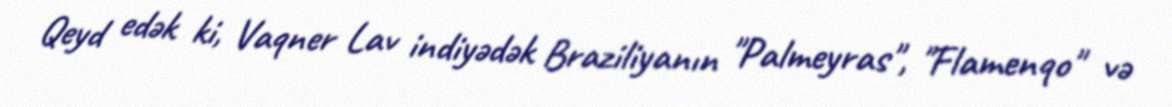
Qeyd edək ki, Vaqner Lav indiyədək Braziliyanın "Palmeyras", "Flamenqo" və